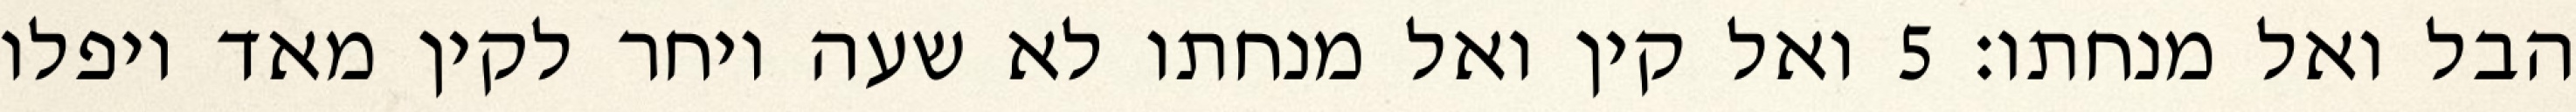
הבל ואל מנחתו׃ ‎5‏ ואל קין ואל מנחתו לא שעה ויחר לקין מאד ויפלו